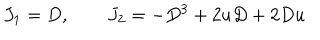
J _ { 1 } = D , \qquad J _ { 2 } = - D ^ { 3 } + 2 u D + 2 D u